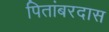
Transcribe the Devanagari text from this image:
पितांबरदास